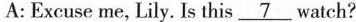
A:Excuse me, Lily. Is this\underline{7} watch?